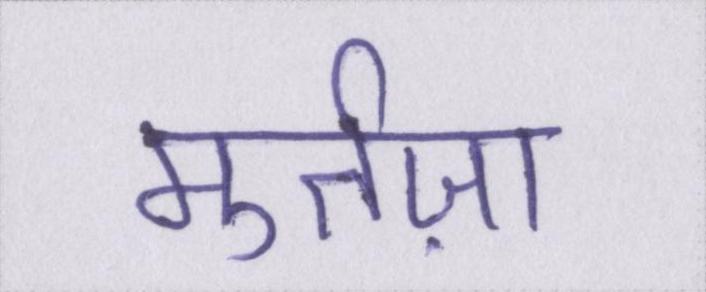
मुर्तज़ा